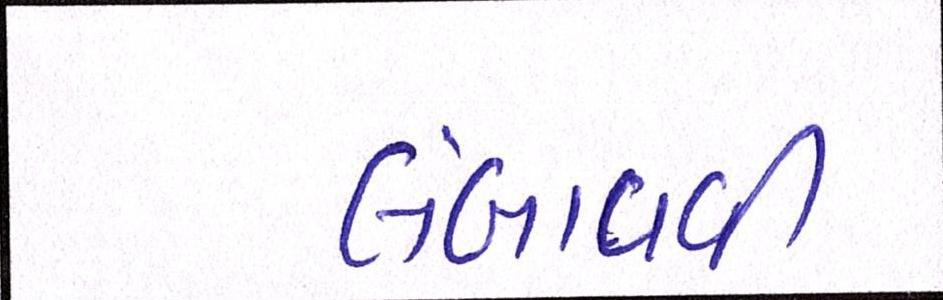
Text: લંબાવવી